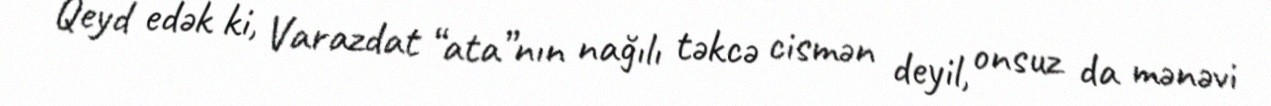
Qeyd edək ki, Varazdat “ata”nın nağılı təkcə cismən deyil, onsuz da mənəvi